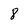
Character: 8